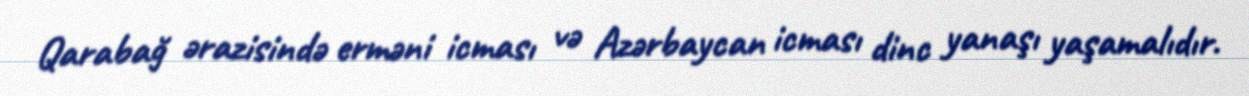
Qarabağ ərazisində erməni icması və Azərbaycan icması dinc yanaşı yaşamalıdır.